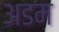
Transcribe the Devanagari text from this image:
अडम